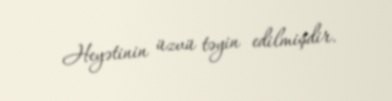
Heyətinin üzvü təyin edilmişdir.